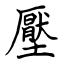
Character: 壓